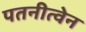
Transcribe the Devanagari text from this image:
पतनीत्वेन